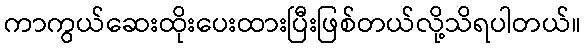
ကာကွယ်ဆေးထိုးပေးထားပြီးဖြစ်တယ်လို့သိရပါတယ်။